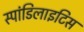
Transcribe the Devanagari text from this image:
स्पांडिलाइटिस